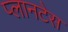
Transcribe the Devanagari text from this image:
प्लानटेस